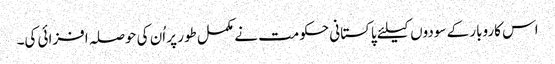
اس کاروبار کے سودوں کیلئے پاکستانی حکومت نے مکمل طور پر اُن کی حوصلہ افزائی کی۔